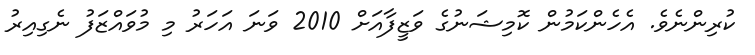
ކުރިންނެވެ. އެހެންކަމުން ކޮމިޝަނުގެ ވަޒީފާއަށް 2010 ވަނަ އަހަރު މި މުވައްޒަފު ނެގިއިރު